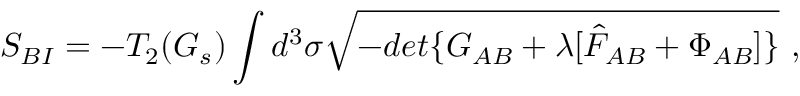
S _ { B I } = - T _ { 2 } ( G _ { s } ) \int d ^ { 3 } \sigma \sqrt { - d e t \{ G _ { A B } + \lambda [ \hat { F } _ { A B } + \Phi _ { A B } ] \} } \ ,